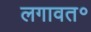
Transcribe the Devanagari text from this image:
लगावत॰